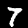
Digit: 7